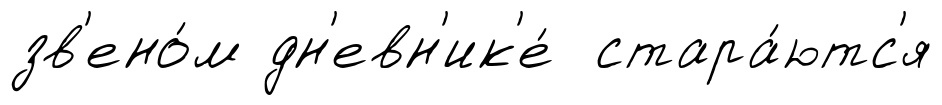
зв'ено́м дн'евн'ик'е́ стара́ютс'я